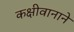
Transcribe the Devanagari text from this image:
कक्षीवानाने